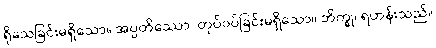
ရိုသေခြင်းမရှိသော။ အပ္ပတိဿော၊ တုပ်ဝပ်ခြင်းမရှိသော။ ဘိက္ခု၊ ရဟန်းသည်။